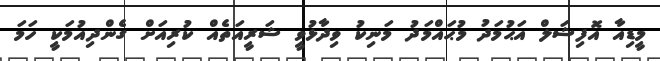
މީޑިއާ އޮފިޝަލް އަޙުމަދު މުޙައްމަދު މަނިކު ވިދާޅުވީ ޝަރީއަތެއް ކުރިއަށް ގެންދިއުމަކީ ހަމަ